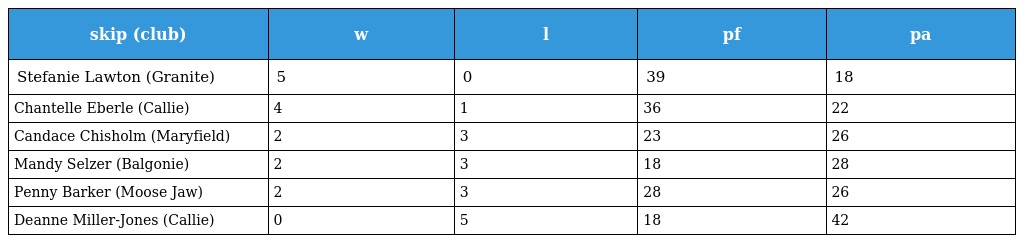
| skip (club) | w | l | pf | pa |
 | --- | --- | --- | --- | --- |
 | Stefanie Lawton (Granite) | 5 | 0 | 39 | 18 |
 | Chantelle Eberle (Callie) | 4 | 1 | 36 | 22 |
 | Candace Chisholm (Maryfield) | 2 | 3 | 23 | 26 |
 | Mandy Selzer (Balgonie) | 2 | 3 | 18 | 28 |
 | Penny Barker (Moose Jaw) | 2 | 3 | 28 | 26 |
 | Deanne Miller-Jones (Callie) | 0 | 5 | 18 | 42 |